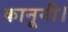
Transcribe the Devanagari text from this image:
कानूनी।